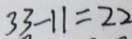
3 3 - 1 1 = 2 2